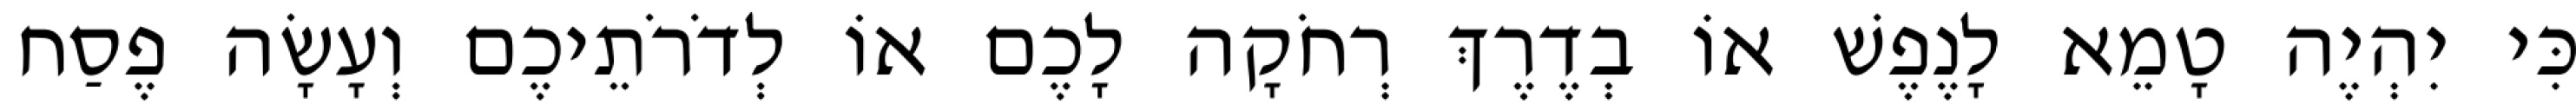
כִּי יִהְיֶה טָמֵא לָנֶפֶשׁ אוֹ בְדֶרֶךְ רְחֹקָה לָכֶם אוֹ לְדֹרֹתֵיכֶם וְעָשָׂה פֶסַח